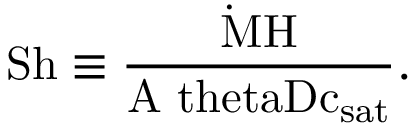
\mathrm { { S h } \equiv \frac { \dot { M } H } { A \ t h e t a D c _ { \mathrm { s a t } } } . }